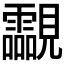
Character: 𧢥